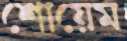
শোয়েম